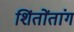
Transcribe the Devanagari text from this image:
शिंतोंतांग